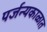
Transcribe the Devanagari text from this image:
पर्जन्यकाळात